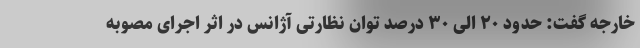
خارجه گفت: حدود ۲۰ الی ۳۰ درصد توان نظارتی آژانس در اثر اجرای مصوبه